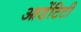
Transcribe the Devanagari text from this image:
आडेंटिटी